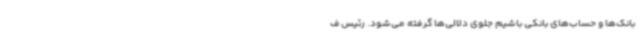
بانک‌ها و حساب‌های بانکی باشیم جلوی دلالی‌ها گرفته می‌شود. رئیس ف